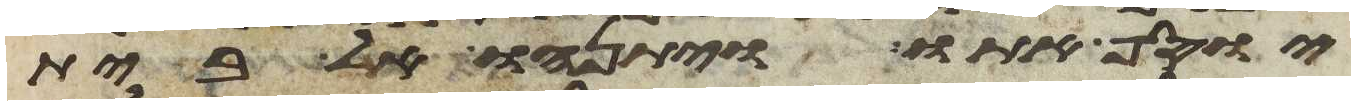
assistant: יוסף אתו ויתנהו אל בית